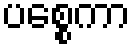
ပစ္စေကာ